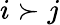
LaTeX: i\succ j